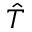
\hat { T }